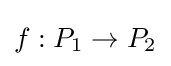
f:P_{1}\rightarrow P_{2}